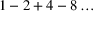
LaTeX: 1 - 2 + 4 - 8 \ldots